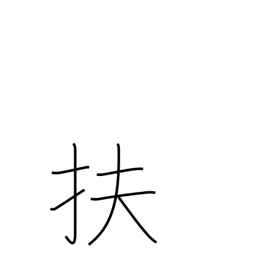
Meaning: aid